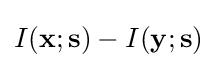
I(\mathbf {x} ;\mathbf {s} )-I(\mathbf {y} ;\mathbf {s} )